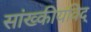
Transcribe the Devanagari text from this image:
सांख्कीयविद्